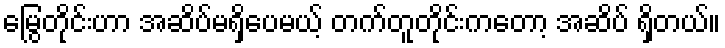
မြွေတိုင်းဟာ အဆိပ်မရှိပေမယ့် တက်တူတိုင်းကတော့ အဆိပ် ရှိတယ်။